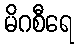
မိဂစီရေ